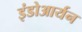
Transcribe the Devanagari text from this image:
इंडोआर्यन